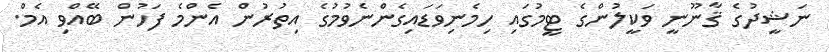
ނަޝީދުގެ ޤާނޫނީ ވަކީލުންގެ ޓީމުގައި ހިމެނިވަޑައިގެންނެވުމުގެ އިތުރުން އެންމެ ފަހުން ބޭއްވި އެމް.